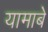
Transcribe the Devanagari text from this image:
यामाबे